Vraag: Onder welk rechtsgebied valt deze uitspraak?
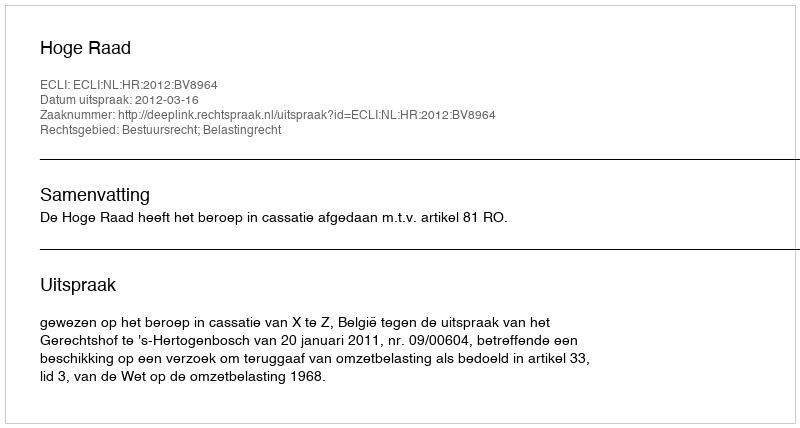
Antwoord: Bestuursrecht; Belastingrecht